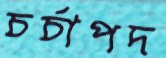
চর্চাপদ